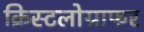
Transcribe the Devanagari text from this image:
क्रिस्टलोग्राफर